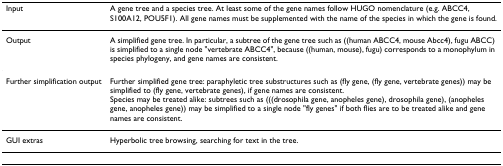
| Input | A gene tree and a species tree. At least some of the gene names follow HUGO nomenclature (e.g. ABCC4, S100A12, POU5F1). All gene names must be supplemented with the name of the species in which the gene is found. |
 | --- | --- |
 | Output | A simplified gene tree. In particular, a subtree of the gene tree such as ((human ABCC4, mouse Abcc4), fugu ABCC) is simplified to a single node "vertebrate ABCC4", because ((human, mouse), fugu) corresponds to a monophylum in species phylogeny, and gene names are consistent. |
 | Further simplification output | Further simplified gene tree: paraphyletic tree substructures such as (fly gene, (fly gene, vertebrate genes)) may be simplified to (fly gene, vertebrate genes), if gene names are consistent.Species may be treated alike: subtrees such as (((drosophila gene, anopheles gene), drosophila gene), (anopheles gene, anopheles gene)) may be simplified to a single node "fly genes" if both flies are to be treated alike and gene names are consistent. |
 | GUI extras | Hyperbolic tree browsing, searching for text in the tree. |